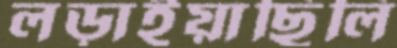
লড়াইয়াছিলি